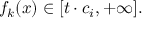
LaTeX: f _ { k } ( x ) \in [ t \cdot c _ { i } , + \infty ] .